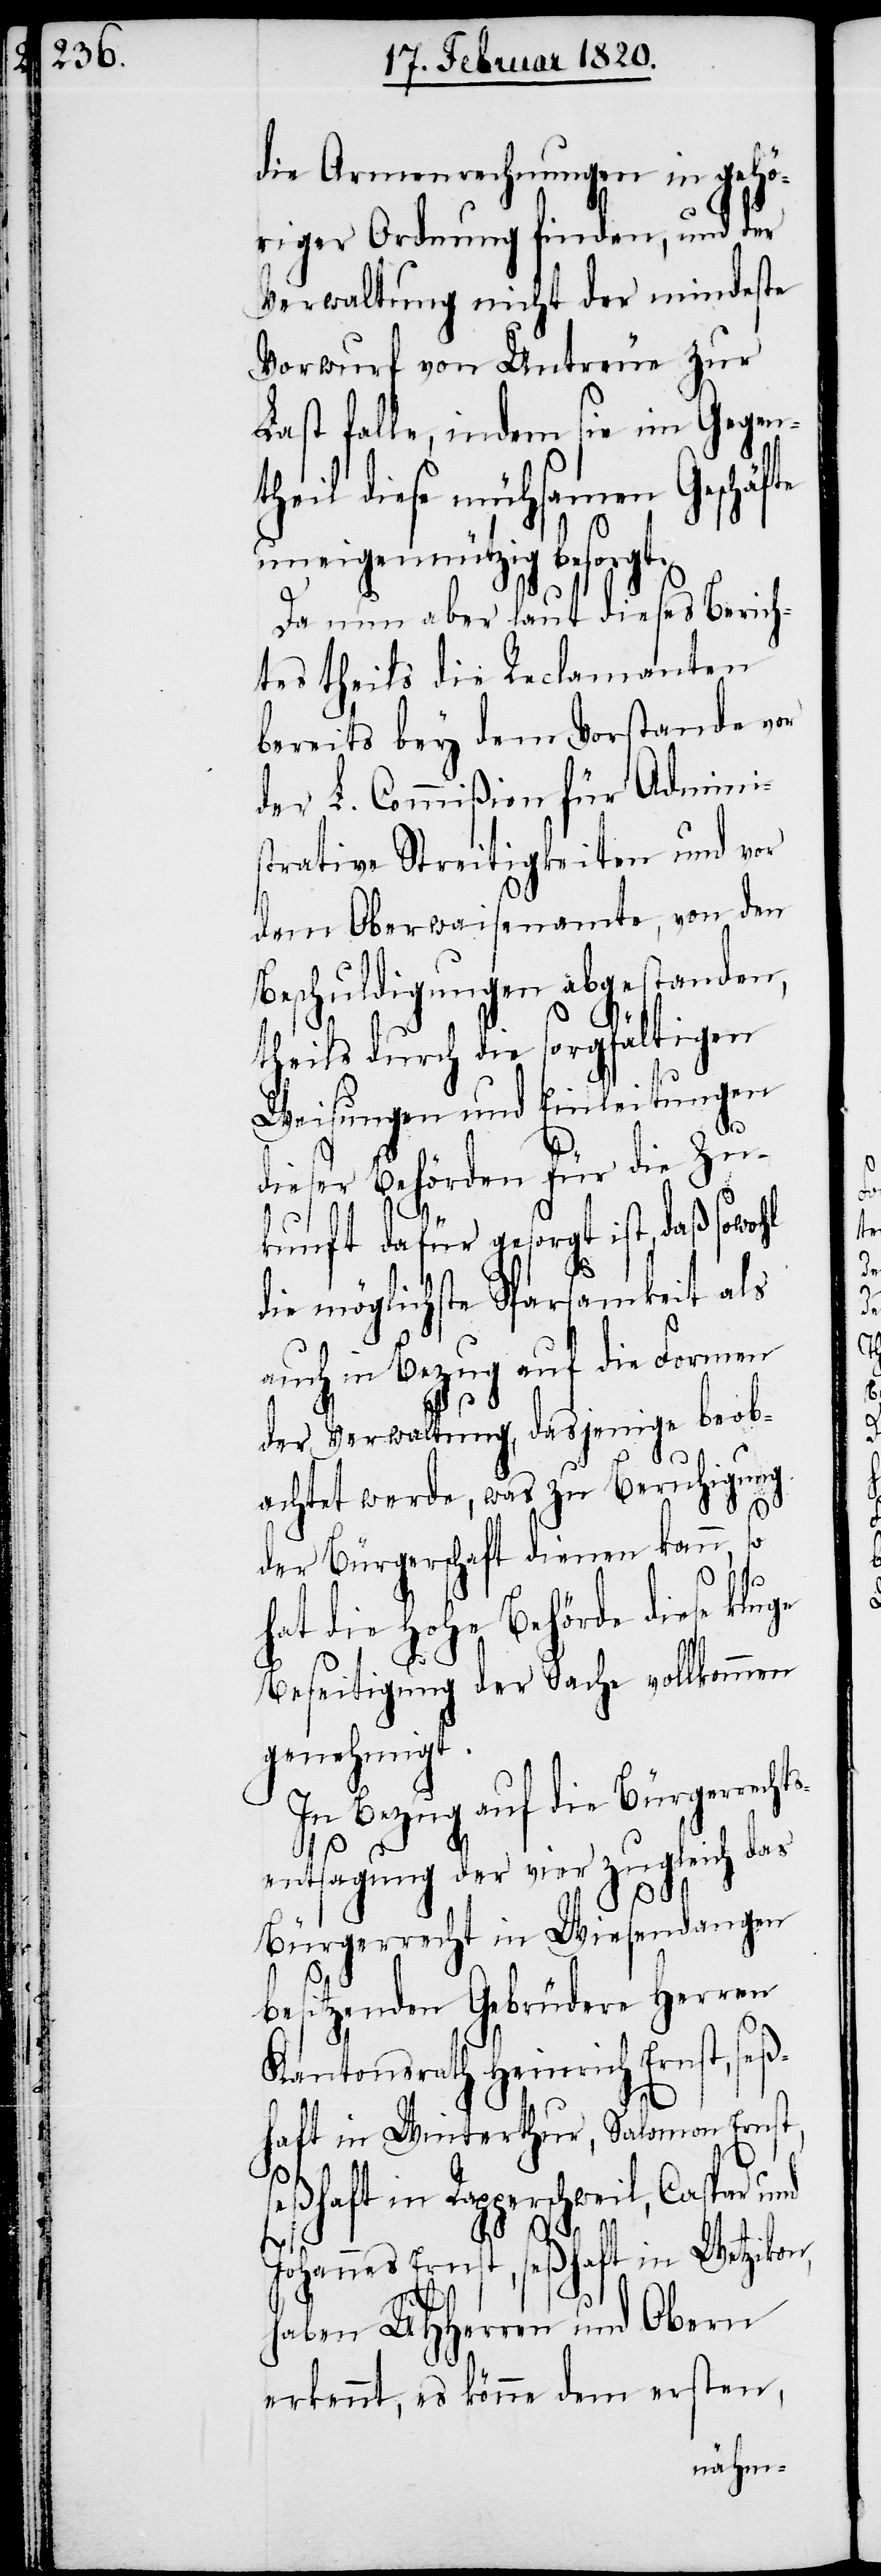
die Armenrechnungen in gehö¬
riger Ordnung finden, und der
Verwaltung nicht der mindeste
Vorwurf von Untreue zur
Last falle, indem sie im Gegen¬
theil diese mühsamen Geschäfte
uneigennützig besorgt.
Da nun aber laut dieses Berich¬
tes theils die Reclamanten
bereits bey dem Vorstande vor
der L. Commißion für Admini¬
strative Streitigkeiten und vor
dem Oberwaisenamte, von den
Beschuldigungen abgestanden,
theils durch die sorgfältigen
Weisungen und Einleitungen
se¬
dieser Behörden für die Zu¬
kunft dafür gesorgt ist,
die möglichste Sparsamkeit als
auch in Bezug auf die Formen
der Verwaltung, dasjenige beob¬
achtet werde, was zu Beruhigung
der Bürgerschaft dienen kann, so
hat die Hohe Behörde diese kluge
Beseitigung der Sache vollkommen
genehmigt.
In Bezug auf die Bürgerre¬
entsagung der vier zugleich das
chts¬
Bürgerrecht in Wiesendangen
und
besitzenden Gebrüdere Herren
Kantonsrath Heinrich Ernst, seß¬
haft in Winterthur, Salomon Ernst,
ßhaft in Rapperschweil, Caspar
Johannes Ernst, seßhaft in Wetzikon,
haben UHHerren und Obern
erkennt, es könne dem ersten,